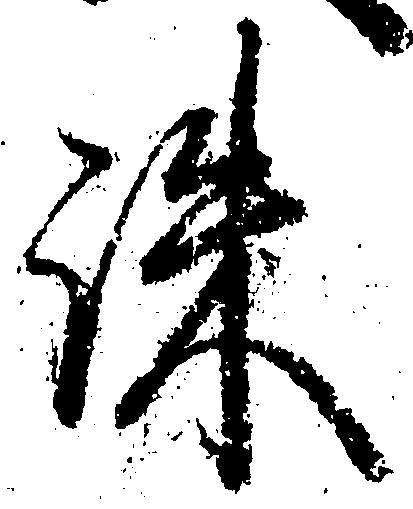
誅